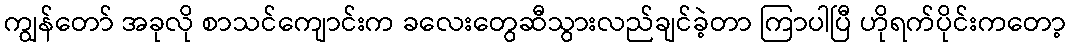
ကျွန်တော် အခုလို စာသင်ကျောင်းက ခလေးတွေဆီသွားလည်ချင်ခဲ့တာ ကြာပါပြီ ဟိုရက်ပိုင်းကတော့